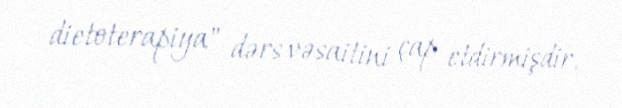
dietoterapiya" dərs vəsaitini çap etdirmişdir.